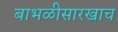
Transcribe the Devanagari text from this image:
बाभळीसारखाच